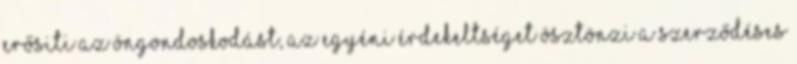
erősiti az öngondoskodást, az egyéni érdekeltséget ösztönzi a szerződéses